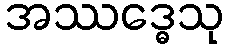
အဿဒ္ဓေသု